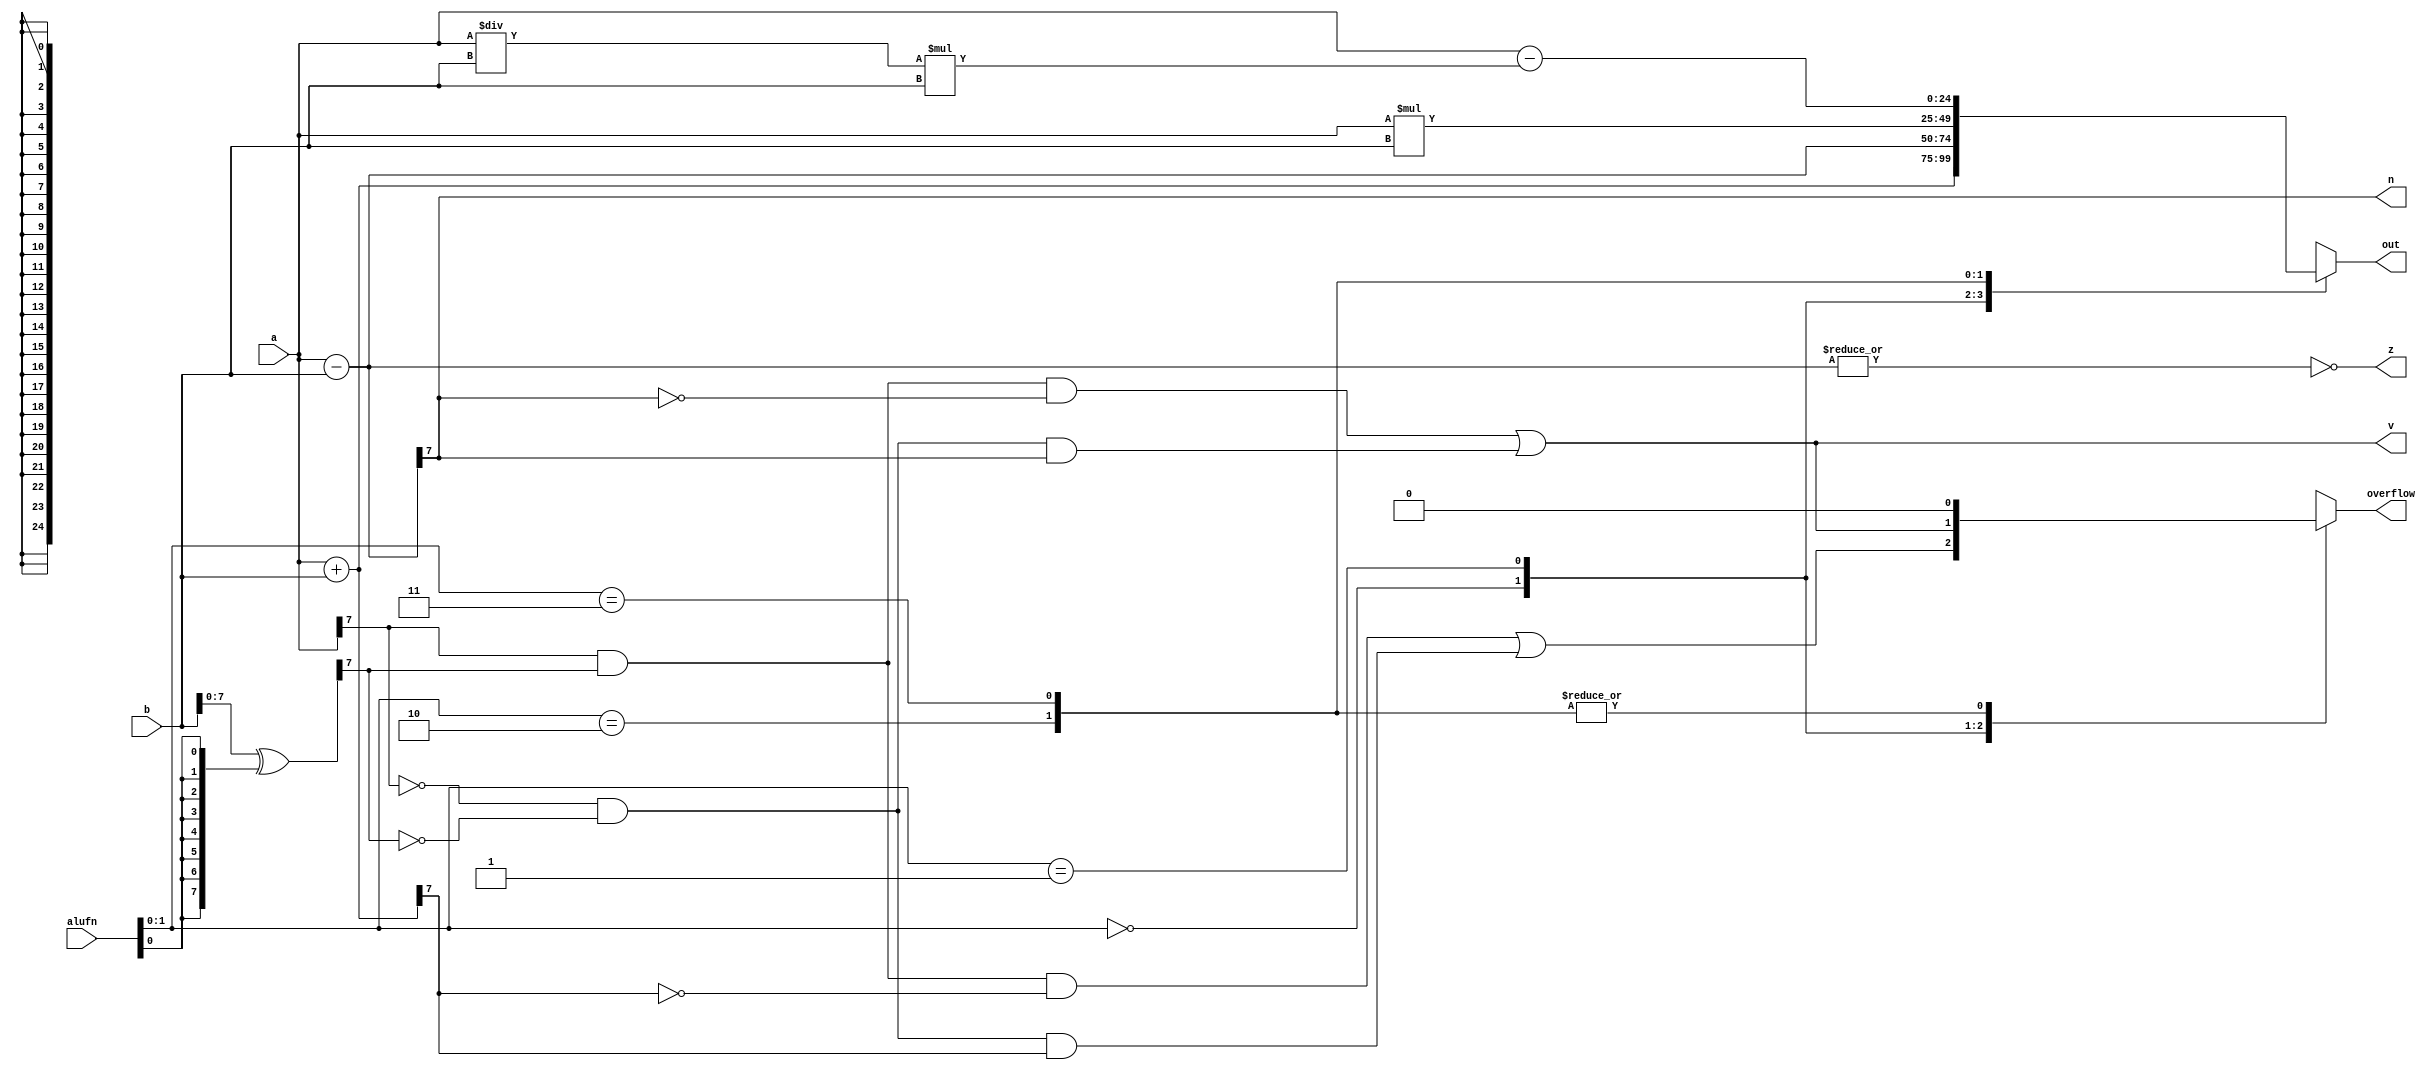
/*
   This file was generated automatically by the Mojo IDE version B1.3.6.
   Do not edit this file directly. Instead edit the original Lucid source.
   This is a temporary file and any changes made to it will be destroyed.
*/

module adder_39 (
    input [24:0] a,
    input [24:0] b,
    input [5:0] alufn,
    output reg z,
    output reg v,
    output reg n,
    output reg overflow,
    output reg [24:0] out
  );
  
  
  
  reg [24:0] xA;
  
  reg [24:0] xB;
  
  reg [24:0] s;
  
  reg [24:0] compare_sum;
  
  always @* begin
    compare_sum = a - b;
    overflow = 1'h0;
    xA = a;
    xB = b ^ {4'h8{alufn[0+0-:1]}};
    
    case (alufn[0+1-:2])
      2'h0: begin
        s = a + b;
        overflow = (xA[7+0-:1] & xB[7+0-:1] & ~s[7+0-:1]) | (~xA[7+0-:1] & ~xB[7+0-:1] & s[7+0-:1]);
      end
      2'h1: begin
        s = a - b;
        overflow = (xA[7+0-:1] & xB[7+0-:1] & ~s[7+0-:1]) | (~xA[7+0-:1] & ~xB[7+0-:1] & s[7+0-:1]);
      end
      2'h2: begin
        s = a * b;
      end
      2'h3: begin
        s = a - (a / b * b);
      end
      default: begin
        s = a + b;
      end
    endcase
    z = (~|compare_sum);
    n = compare_sum[7+0-:1];
    v = (xA[7+0-:1] & xB[7+0-:1] & ~compare_sum[7+0-:1]) | (~xA[7+0-:1] & ~xB[7+0-:1] & compare_sum[7+0-:1]);
    out = s;
  end
endmodule